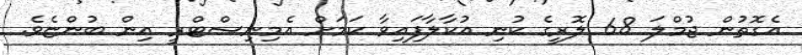
އެގޮތުން ޖުމްލަ 68 ލޮރީގެ ކުނި އުކާލާފައިވާ ކަމަށް އެމިނިސްޓްރީ އިން ބުންޏެވެ.